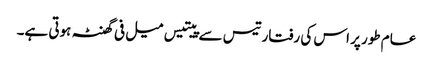
عام طور پر اس کی رفتار تیس سے پیتیس میل فی گھنٹہ ہوتی ہے۔